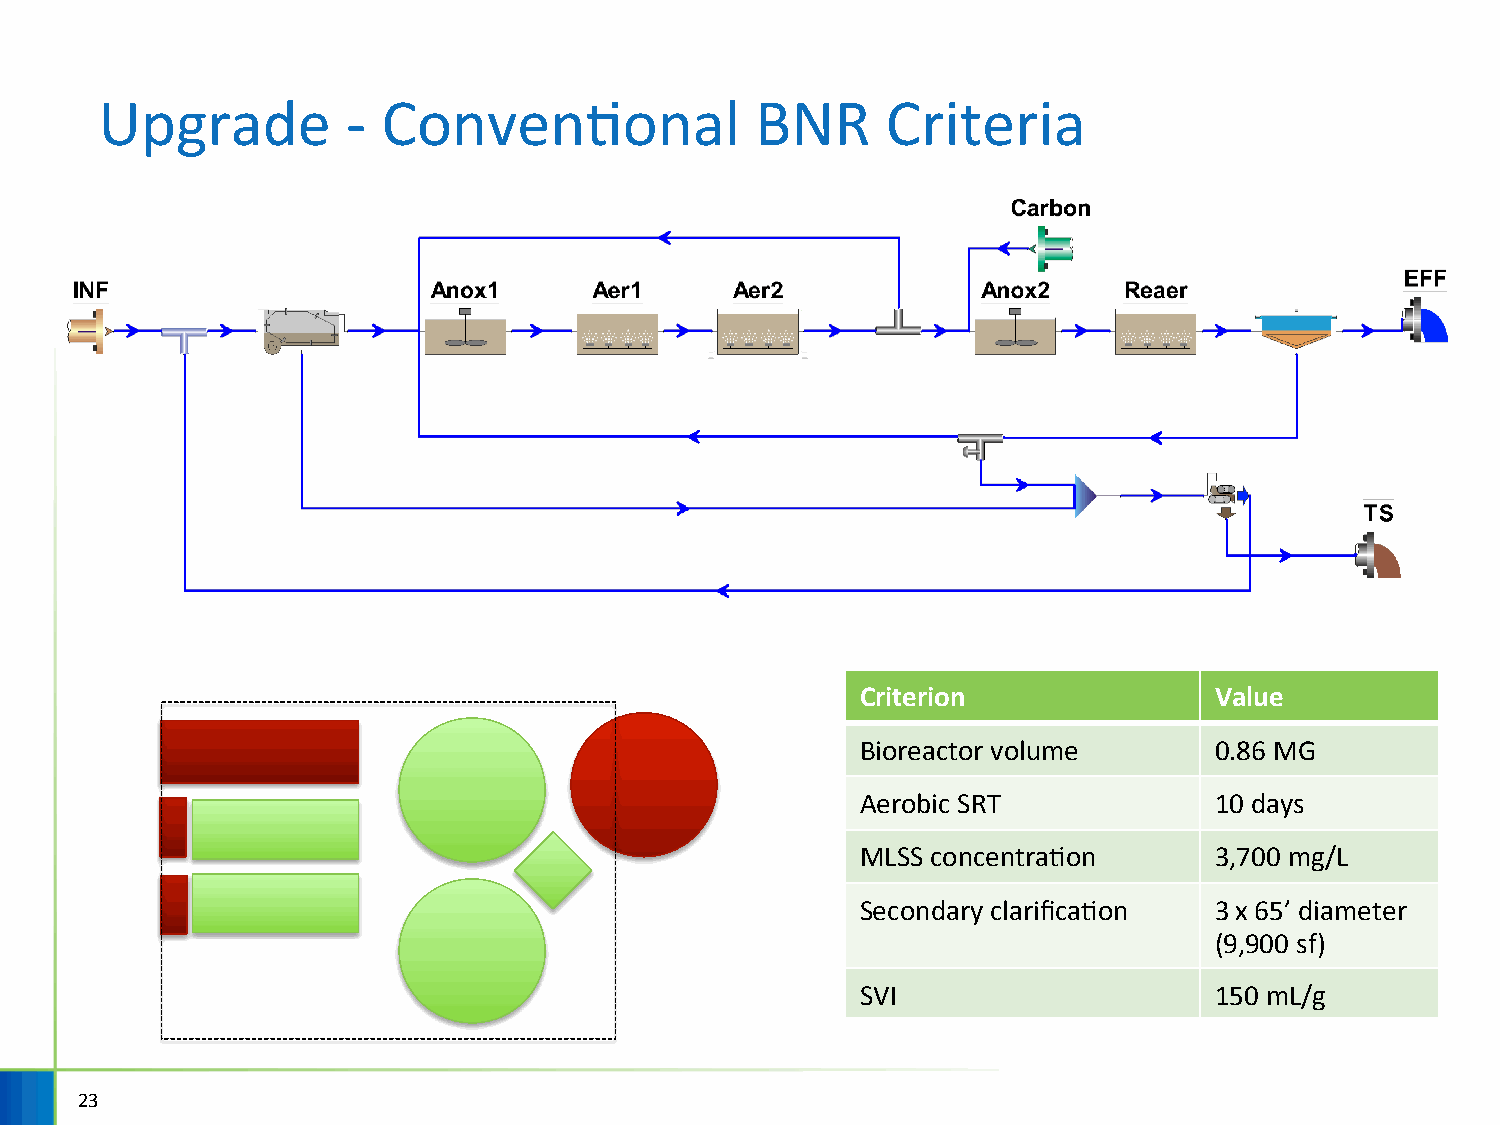
Upgrade         - ConvenHonal              BNR      Criteria
 Criterion              Value
 Bioreactor volume      0.86 MG
 Aerobic SRT            10 days
 MLSS concentraHon      3,700 mg/L
 Secondary clarificaHon 3 x 65’ diameter
 (9,900 sf)
 SVI                    150 mL/g
 23